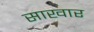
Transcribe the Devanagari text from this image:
साखार